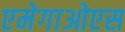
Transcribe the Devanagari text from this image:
एमेगाओएस